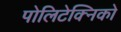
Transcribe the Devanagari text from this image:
पोलिटेक्निको